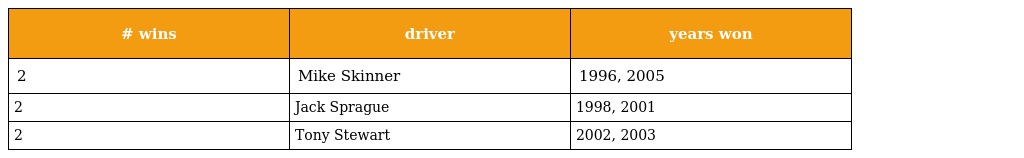
| # wins | driver | years won |
 | --- | --- | --- |
 | 2 | Mike Skinner | 1996, 2005 |
 | 2 | Jack Sprague | 1998, 2001 |
 | 2 | Tony Stewart | 2002, 2003 |